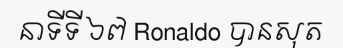
នាទីទី ៦៧ Ronaldo បានសុត